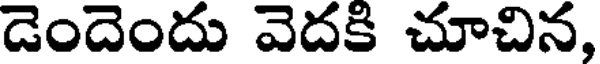
డెందెందు వెదకి చూచిన,